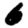
Digit: 6